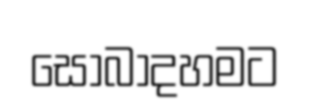
සොබාදහමට